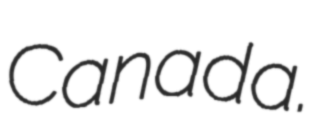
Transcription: Canada.